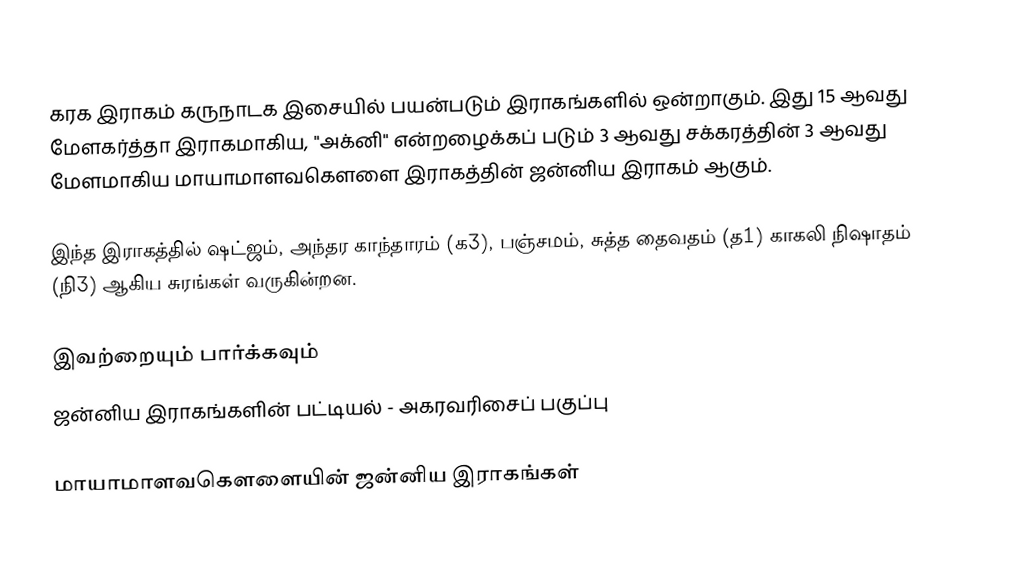
கரக இராகம் கருநாடக இசையில் பயன்படும் இராகங்களில் ஒன்றாகும். இது 15 ஆவது மேளகர்த்தா இராகமாகிய, "அக்னி" என்றழைக்கப் படும் 3 ஆவது சக்கரத்தின் 3 ஆவது மேளமாகிய மாயாமாளவகௌளை இராகத்தின் ஜன்னிய இராகம் ஆகும்.

இந்த இராகத்தில் ஷட்ஜம், அந்தர காந்தாரம் (க3), பஞ்சமம், சுத்த தைவதம் (த1) காகலி நிஷாதம் (நி3) ஆகிய சுரங்கள் வருகின்றன.

இவற்றையும் பார்க்கவும்
 ஜன்னிய இராகங்களின் பட்டியல் - அகரவரிசைப் பகுப்பு

மாயாமாளவகௌளையின் ஜன்னிய இராகங்கள்